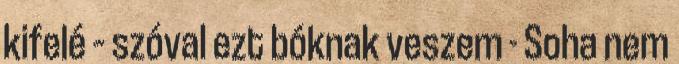
kifelé – szóval ezt bóknak veszem - Soha nem